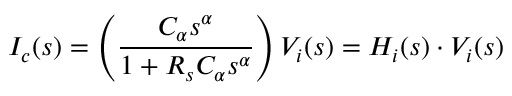
I _ { c } ( s ) = \left( \frac { C _ { \alpha } s ^ { \alpha } } { 1 + R _ { s } C _ { \alpha } s ^ { \alpha } } \right) V _ { i } ( s ) = H _ { i } ( s ) \cdot V _ { i } ( s )